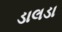
ડાલડા